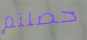
حصلتم